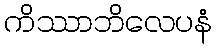
ကိဿာဘိလေပနံ